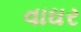
વાઘર